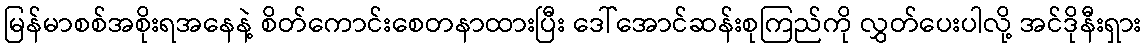
မြန်မာစစ်အစိုးရအနေနဲ့ စိတ်ကောင်းစေတနာထားပြီး ဒေါ်အောင်ဆန်းစုကြည်ကို လွှတ်ပေးပါလို့ အင်ဒိုနီးရှား